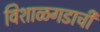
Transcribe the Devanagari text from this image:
विशाळगडाची